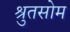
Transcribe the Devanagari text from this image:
श्रुतसोम